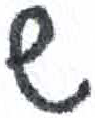
אות: ש